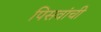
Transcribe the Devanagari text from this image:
पिसवांची